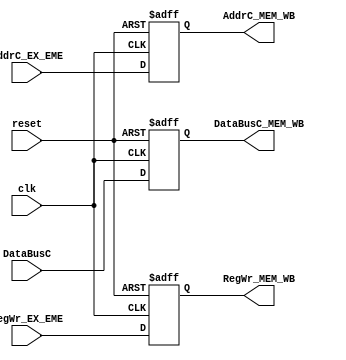
module MEM_WB(reset,clk,DataBusC,DataBusC_MEM_WB,RegWr_EX_EME,RegWr_MEM_WB,AddrC_EX_EME,AddrC_MEM_WB);
input reset,clk;
input [31:0]DataBusC;
output reg [31:0]DataBusC_MEM_WB;
input RegWr_EX_EME;
output reg RegWr_MEM_WB;
input [4:0]AddrC_EX_EME;
output reg [4:0]AddrC_MEM_WB;

always @(negedge reset or posedge clk)
begin
  if(~reset)
    begin
      DataBusC_MEM_WB<=32'b0;
      RegWr_MEM_WB<=0;
      AddrC_MEM_WB<=5'b0;
    end
  else
    begin
      DataBusC_MEM_WB<=DataBusC;
      RegWr_MEM_WB<=RegWr_EX_EME;
      AddrC_MEM_WB<=AddrC_EX_EME;
    end
  end
endmodule